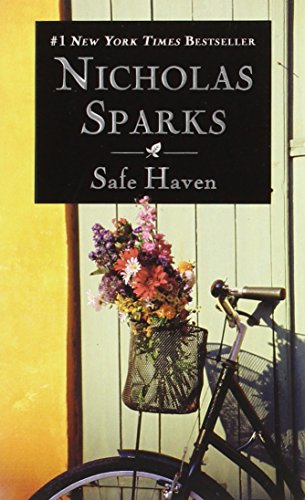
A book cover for Safe Haven; Nicholas Sparks; Romance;